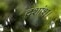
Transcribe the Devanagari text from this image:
दशांश।